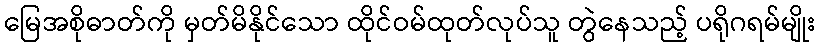
မြေအစိုဓာတ်ကို မှတ်မိနိုင်သော ထိုင်ဝမ်ထုတ်လုပ်သူ တွဲနေသည့် ပရိုဂရမ်မျိုး